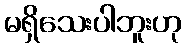
မရှိသေးပါဘူးဟု